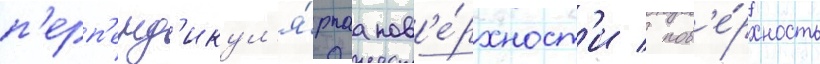
п'ерп'енд'икул'я́рнаа пов'е́рхност'и / пов'е́рхность